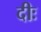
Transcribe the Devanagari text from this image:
दीः